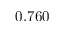
0 . 7 6 0